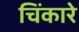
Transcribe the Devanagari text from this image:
चिंकारे